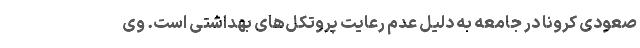
صعودی کرونا در جامعه به دلیل عدم رعایت پروتکل‌های بهداشتی است. وی